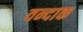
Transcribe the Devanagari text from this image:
वन्दाक